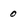
Character: 0